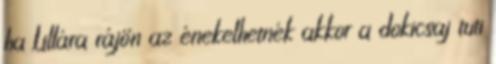
ha Lillára rájön az énekelhetnék akkor a dokicsaj tuti